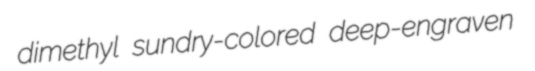
dimethyl sundry-colored deep-engraven